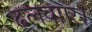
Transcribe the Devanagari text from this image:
ढलवाए।